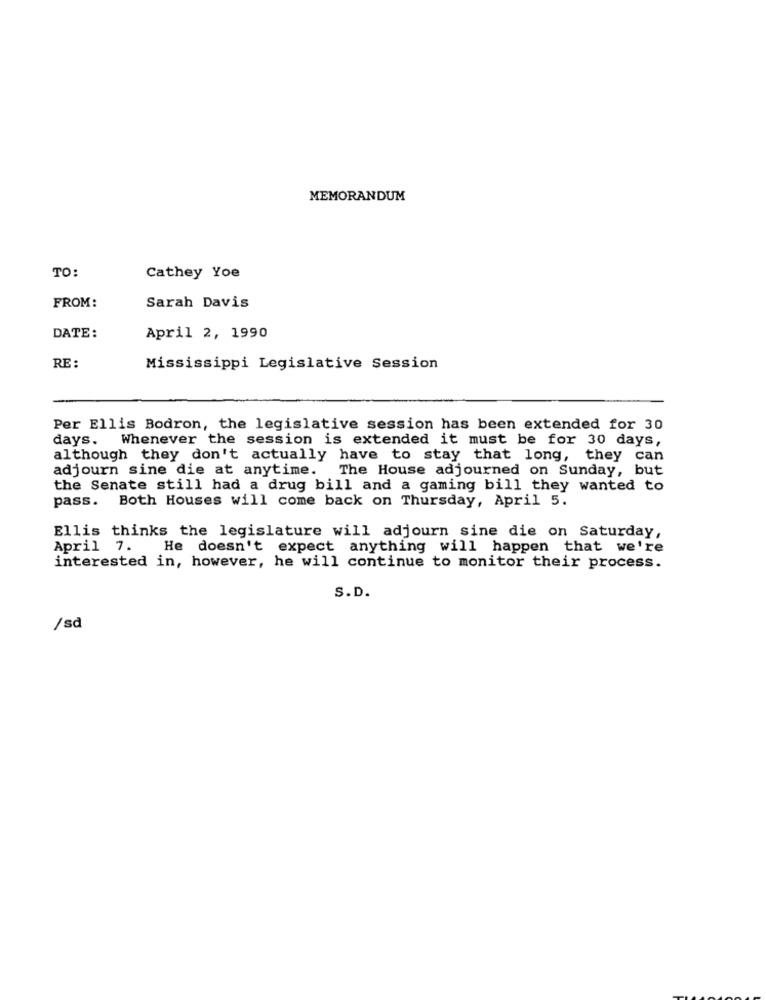
MEMORANDUM
TO:
Cathey Yoe
FROM:
Sarah Davis
DATE:
April 2, 1990
RE :
Mississippi Legislative Session
Per Ellis Bodron, the legislative session has been extended for 30
days. Whenever the session is extended it must be for 30 days,
although they don't actually have to stay that long, they can
adjourn sine die at anytime. The House adjourned on Sunday, but
the Senate still had a drug bill and a gaming bill they wanted to
pass. Both Houses will come back on Thursday, April 5.
Ellis thinks the legislature will adjourn sine die on Saturday,
April 7. He doesn't expect anything will happen that we're
interested in, however, he will continue to monitor their process.
S.D.
/sd